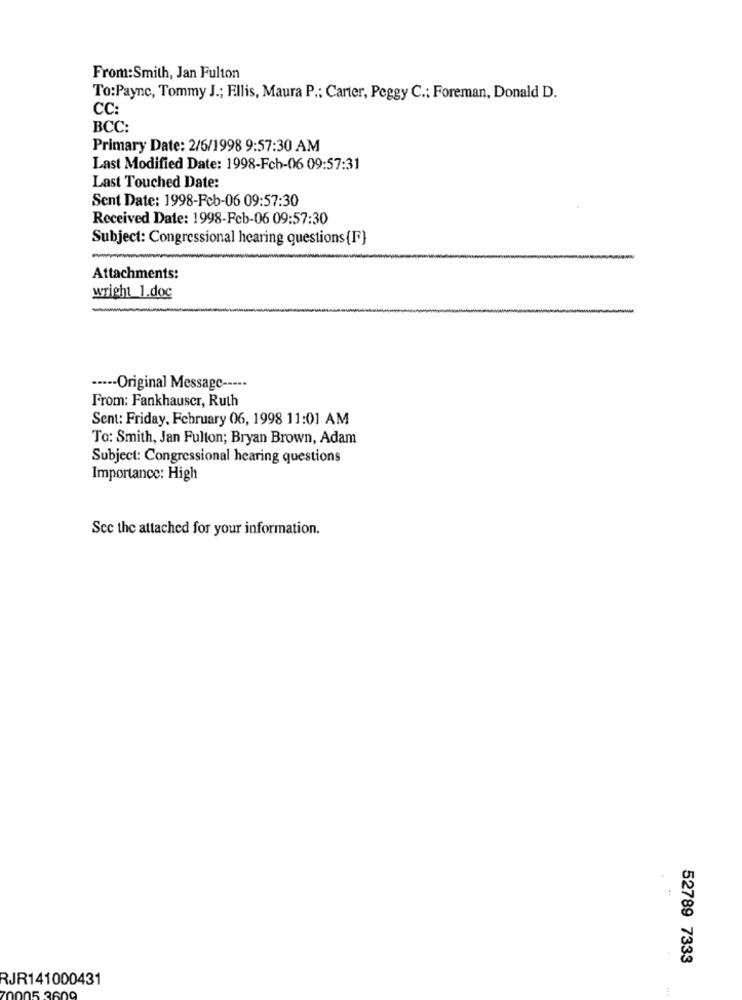
From:Smith, Jan Fulton
To:Payne, Tommy J .; Ellis, Maura P .; Carter, Peggy C .; Foreman, Donald D.
CC:
BCC:
Primary Date: 2/6/1998 9:57:30 AM
Last Modified Date: 1998-Fch-06 09:57:31
Last Touched Date:
Sent Date: 1998-Feb-06 09:57:30
Received Date: 1998-Fcb-06 09:57:30
Subject: Congressional hearing questions{F}
Attachments:
wright 1.doc
----- Original Message -----
From: Fankhauser, Ruth
Sent: Friday, February 06, 1998 11:01 AM
To: Smith, Jan Fulton; Bryan Brown, Adam
Subject: Congressional hearing questions
Importance: High
Scc the attached for your information.
52789 7333
RJR141000431
005 360